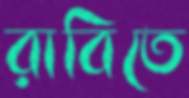
রাবিতে